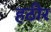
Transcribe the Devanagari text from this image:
हठीर